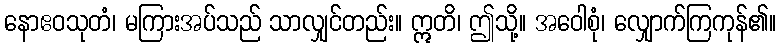
နောဧဝသုတံ၊ မကြားအပ်သည် သာလျှင်တည်း။ ဣတိ၊ ဤသို့။ အဝေါစုံ၊ လျှောက်ကြကုန်၏။